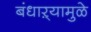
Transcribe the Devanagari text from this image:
बंधाऱ्यामुळे